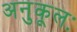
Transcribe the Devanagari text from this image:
अनुकूलः